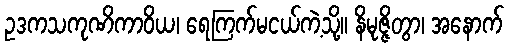
ဥဒကသကုဏိကာဝိယ၊ ရေကြက်မငယ်ကဲ့သို့။ နိမုဇ္ဇိတွာ၊ အနောက်